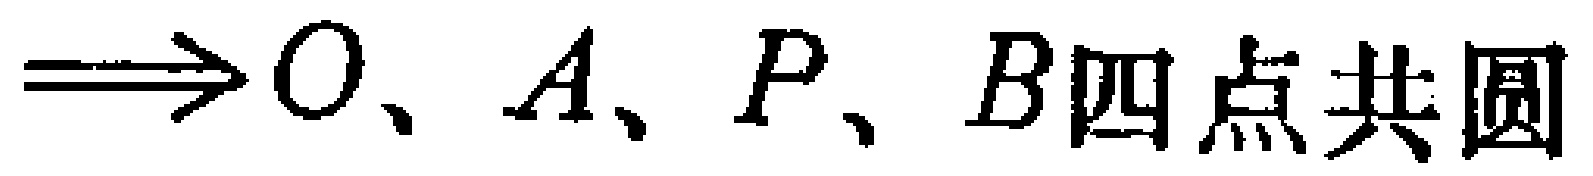
$\Longrightarrow O、A、P、B四点共圆$